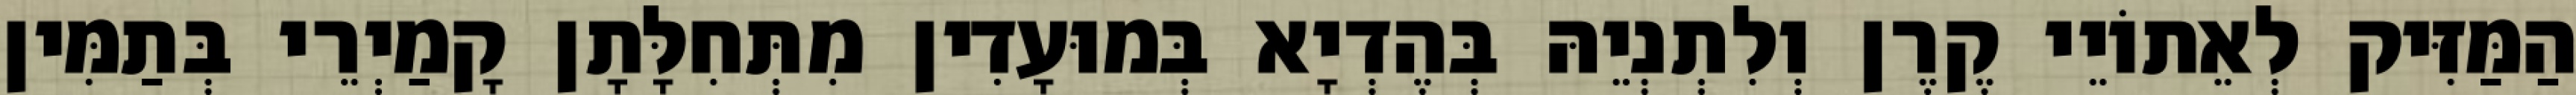
הַמַּזִּיק לְאֵתוֹיֵי קֶרֶן וְלִתְנְיֵהּ בְּהֶדְיָא בְּמוּעָדִין מִתְּחִלָּתָן קָמַיְרֵי בְּתַמִּין